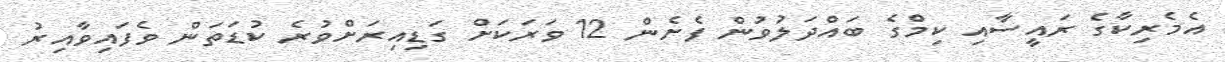
އެމެރިކާގެ ރައީސާއި ކިމްގެ ބައްދަލުވުން ފެށެން 12 ވަރަކަށް ގަޑިއިރަށްވުރެ ކުޑަތަން ވެފައިވާއިރު